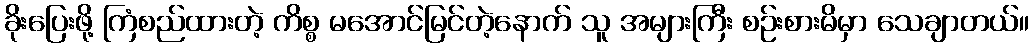
ခိုးပြေးဖို့ ကြံစည်ထားတဲ့ ကိစ္စ မအောင်မြင်တဲ့နောက် သူ အများကြီး စဉ်းစားမိမှာ သေချာတယ်။